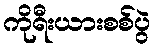
ကိုရီးယားစစ်ပွဲ